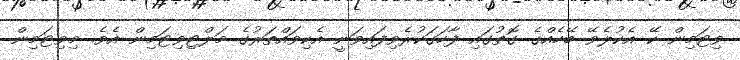
ވިޓަމިން ކޭ އެކުލެވޭ ބޭހެއްގެ ގޮތުގައި ފާހަގަކުރެވިފައިވަނީ އެކިވައްތަރުގެ މަލްޓިވިޓަމިން އެވެ. މިވިޓަމިން